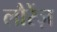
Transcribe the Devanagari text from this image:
लौरेंज़